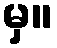
မှ။